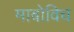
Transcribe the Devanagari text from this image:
माबोविच